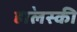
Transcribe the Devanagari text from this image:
हा॓लस्की